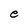
Character: e